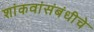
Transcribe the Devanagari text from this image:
शांकवांसंबंधीचे